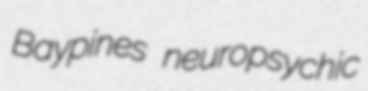
Baypines neuropsychic